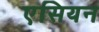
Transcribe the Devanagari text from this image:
एसियन